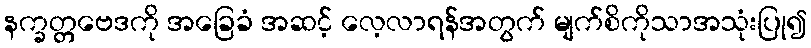
နက္ခတ္တဗေဒကို အခြေခံ အဆင့် လေ့လာရန်အတွက် မျက်စိကိုသာအသုံးပြု၍